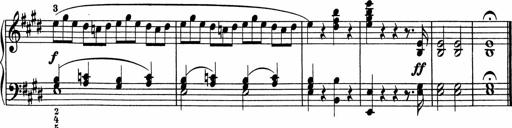
Title: 5 Sonatinen fÃ¼r die Jugend
Composer: Carl Reinecke